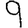
Digit: 9